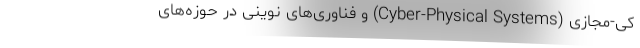
کی-مجازی (Cyber-Physical Systems) و فناوری‌های نوینی در حوزه‌های